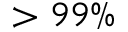
> 9 9 \%